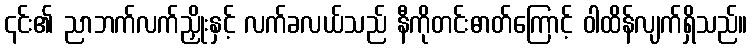
၎င်း၏ ညာဘက်လက်ညှိုးနှင့် လက်ခလယ်သည် နီကိုတင်းဓာတ်ကြောင့် ဝါထိန်လျက်ရှိသည်။